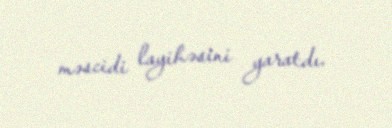
məscidi layihəsini yaratdı.